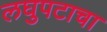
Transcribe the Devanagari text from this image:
लघुपटाचा